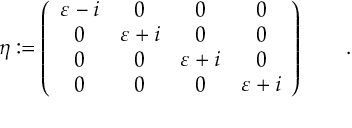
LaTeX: \eta : = \left( \begin{array} { c c c c } { { \varepsilon - i } } & { { 0 } } & { { 0 } } & { { 0 } } \\ { { 0 } } & { { \varepsilon + i } } & { { 0 } } & { { 0 } } \\ { { 0 } } & { { 0 } } & { { \varepsilon + i } } & { { 0 } } \\ { { 0 } } & { { 0 } } & { { 0 } } & { { \varepsilon + i } } \end{array} \right) \qquad .